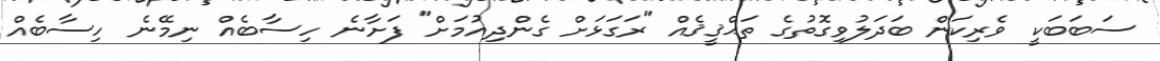
ސަބަބަކީ ވެރިކަން ބަދަލުވިގޮތުގެ ތަޙްޤީޤެއް "ރަގަޅަށް ގެންދިއުމަށް" ފަށާނެ ހިސާބެއް ނިމޭނެ ހިސާބެއް